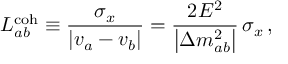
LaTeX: L _ { a b } ^ { \mathrm { c o h } } \equiv \frac { \sigma _ { x } } { \left| v _ { a } - v _ { b } \right| } = \frac { 2 E ^ { 2 } } { \left| \Delta { m } _ { a b } ^ { 2 } \right| } \, \sigma _ { x } \, ,